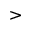
>